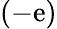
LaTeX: (-\mathrm{e})